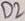
Text: D2